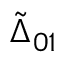
\tilde { \Delta } _ { 0 1 }